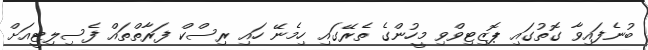
ބުނެފައިވާ ގޮތުގައި ޕޮޒިޓިވްވި މީހުންގެ ތެރޭގައި ހިމެނޭ ހައި ރިސްކް ފަރާތްތައް ފެސިލިޓީއަށް